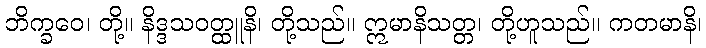
ဘိက္ခဝေ၊ တို့။ နိဒ္ဒသဝတ္ထူနိ၊ တို့သည်။ ဣမာနိသတ္တ၊ တို့ဟူသည်။ ကတမာနိ၊